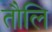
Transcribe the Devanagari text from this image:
तौलि